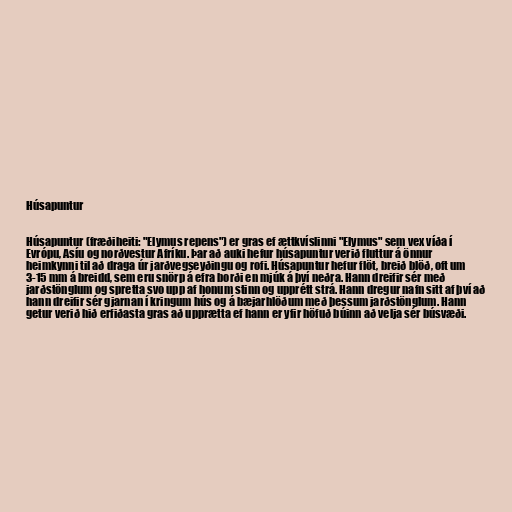
Húsapuntur

Húsapuntur (fræðiheiti: "Elymus repens") er gras ef ættkvíslinni "Elymus" sem vex víða í
Evrópu, Asíu og norðvestur Afríku. Þar að auki hefur húsapuntur verið fluttur á önnur
heimkynni til að draga úr jarðvegseyðingu og rofi. Húsapuntur hefur flöt, breið blöð, oft um
3-15 mm á breidd, sem eru snörp á efra borði en mjúk á því neðra. Hann dreifir sér með
jarðstönglum og spretta svo upp af honum stinn og upprétt strá. Hann dregur nafn sitt af því að
hann dreifir sér gjarnan í kringum hús og á bæjarhlöðum með þessum jarðstönglum. Hann
getur verið hið erfiðasta gras að upprætta ef hann er yfir höfuð búinn að velja sér búsvæði.